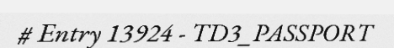
# Entry 13924 - TD3_PASSPORT